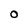
Character: O